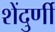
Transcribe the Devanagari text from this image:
शेंदुर्णी